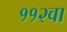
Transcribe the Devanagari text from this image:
११२वा